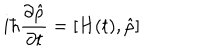
i \hbar \frac { \partial \hat { \rho } } { \partial t } = \left[ H ( t ) , \hat { \rho } \right]